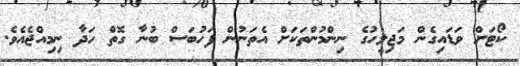
ކޯޓަށް ވަޑައިގެން މަޖިލީހުގެ ނިންމުންތަކަށް އެތަނުން ފަހުބަސް ބުނާ ގޮތް ހަދާ ނިމިއްޖެއެވެ.